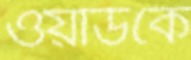
ওয়ার্ডকে